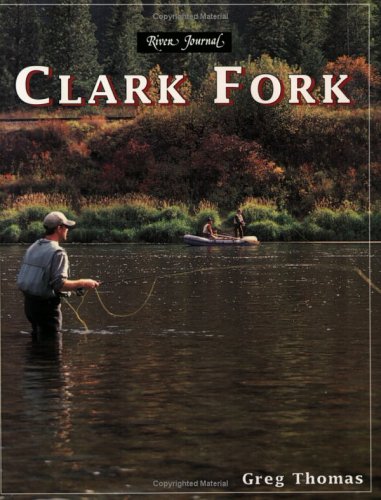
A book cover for Clark Fork River; Greg Thomas; Travel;